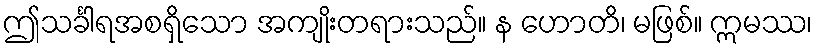
ဤသင်္ခါရအစရှိသော အကျိုးတရားသည်။ န ဟောတိ၊ မဖြစ်။ ဣမဿ၊